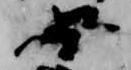
母